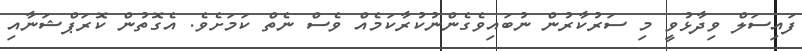
ފައިސަލް ވިދާޅުވީ މި ސަރުކާރުން ނުބައިވެގެންނުކުރާކަމެއް ވެސް ނެތް ކަމަށެވެ. އެގޮތުން ކޮރަޕްޝަނާއި